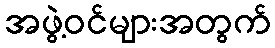
အဖွဲ့ဝင်များအတွက်